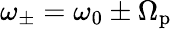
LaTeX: \omega_{\pm}=\omega_{0}\pm\Omega_{\mathrm{p}}